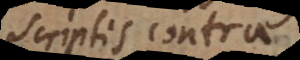
Christi contra